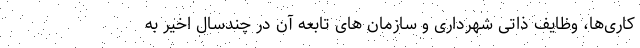
کاری‌ها، وظایف ذاتی شهرداری و سازمان های تابعه آن در چندسال اخیر به